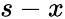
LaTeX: s-x